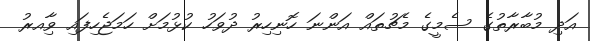
އަދި މުބާރާތުގެ ސެމީގެ މެޗުތައް އަންނަ ހޮނިހިރު ދުވަހު ކުޅުމަށް ހަމަޖެހިފައި ވާިއރު